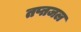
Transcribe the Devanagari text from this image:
तप्तजल